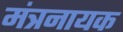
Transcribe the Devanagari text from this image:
मंत्रनायक